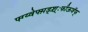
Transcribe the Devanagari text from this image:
फ्ग्य्वेफ्म़ड्श़़्ःफीऊवॅफ्